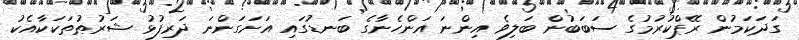
ގަދަކަމުން ރޭޕްކުރުމުގެ ސަބަބުން ބަލިވެ އިންނަ އަންހެނާގެ ބަނޑުގައި އަށަގަންނަ ދަރިފުޅު ޝަރުޠުތަކަކާއެކު